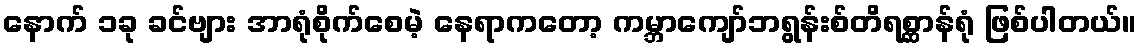
နောက် ၁ခု ခင်ဗျား အာရုံစိုက်စေမဲ့ နေရာကတော့ ကမ္ဘာကျော်ဘရွန်းစ်တိရစ္ဆာန်ရုံ ဖြစ်ပါတယ်။